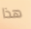
هذا